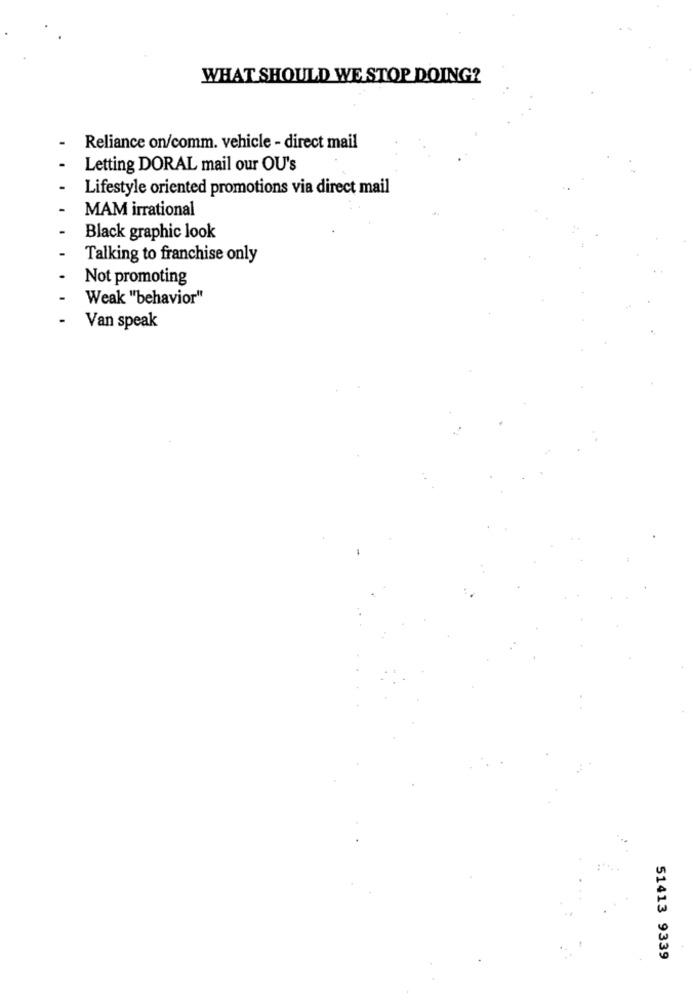
WHAT SHOULD WE STOP DOING?
Reliance on/comm. vehicle - direct mail
Letting DORAL mail our OU's
Lifestyle oriented promotions via direct mail
MAM irrational
Black graphic look
Talking to franchise only
Not promoting
Weak "behavior"
Van speak
51413 9339